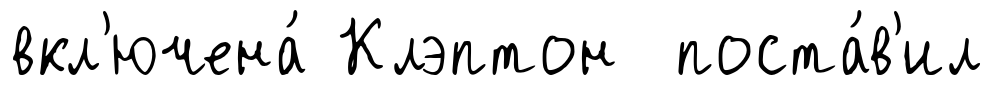
вкл'ючена́ Клэптон поста́в'ил